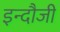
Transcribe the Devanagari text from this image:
इन्दौजी